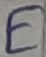
Text: E